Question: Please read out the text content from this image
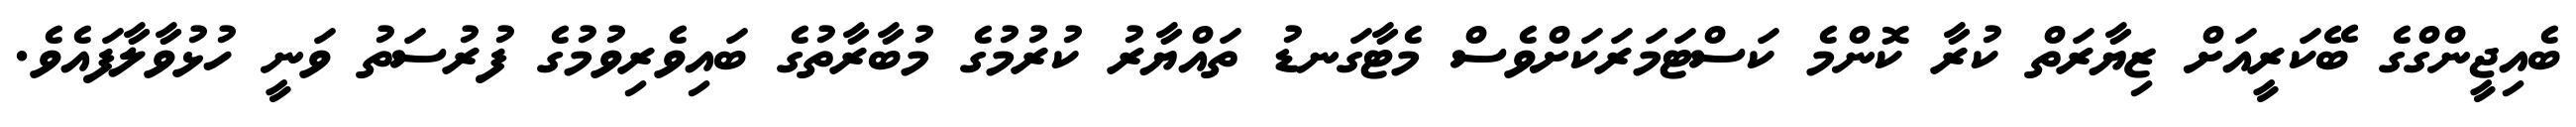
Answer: ބެއިޖީންގްގެ ބޭކަރީއަށް ޒިޔާރަތް ކުރާ ކޮންމެ ކަސްޓަމަރަކަށްވެސް މެޓާގަނޑު ތައްޔާރު ކުރުމުގެ މުބާރާތުގެ ބައިވެރިވުމުގެ ފުރުސަތު ވަނީ ހުޅުވާލާފައެވެ.